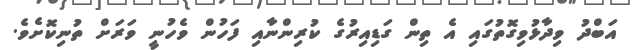
އަބްދު ވިދާޅުވިގޮތުގައި އެ ތިން ގަޑިއިރުގެ ކުރިންނާއި ފަހުން ވެހުނީ ވަރަށް ތުނިކޮށެވެ.